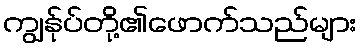
ကျွန်ုပ်တို့၏ဖောက်သည်များ